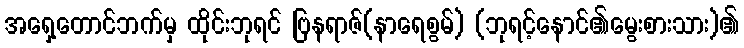
အရှေ့တောင်ဘက်မှ ထိုင်းဘုရင် ဗြနရာဇ်(နာရေစွမ်) (ဘုရင့်နောင်၏မွေးစားသား)၏